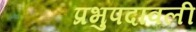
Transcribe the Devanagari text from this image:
प्रभुपदावली